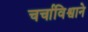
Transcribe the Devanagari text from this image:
चर्चाविश्वाने